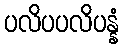
ပလိပပလိပန္နံ